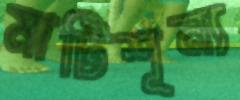
মাটিশূন্য